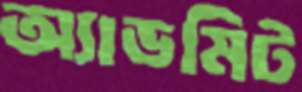
অ্যাডমিট